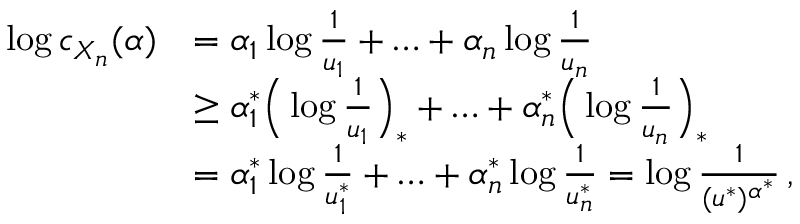
\begin{array} { r l } { \log c _ { X _ { n } } ( \alpha ) } & { = \alpha _ { 1 } \log \frac { 1 } { u _ { 1 } } + \ldots + \alpha _ { n } \log \frac { 1 } { u _ { n } } } \\ & { \geq \alpha _ { 1 } ^ { * } \Big ( \log \frac { 1 } { u _ { 1 } } \Big ) _ { * } + \ldots + \alpha _ { n } ^ { * } \Big ( \log \frac { 1 } { u _ { n } } \Big ) _ { * } } \\ & { = \alpha _ { 1 } ^ { * } \log \frac { 1 } { u _ { 1 } ^ { * } } + \ldots + \alpha _ { n } ^ { * } \log \frac { 1 } { u _ { n } ^ { * } } = \log \frac { 1 } { ( u ^ { * } ) ^ { \alpha ^ { * } } } \, , } \end{array}